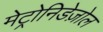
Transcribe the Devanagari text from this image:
मेट्रोनिडेज़ोल